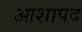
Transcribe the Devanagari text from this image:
आशापद